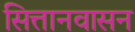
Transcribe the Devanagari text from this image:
सित्तानवासन